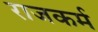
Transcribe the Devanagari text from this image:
राजकर्म